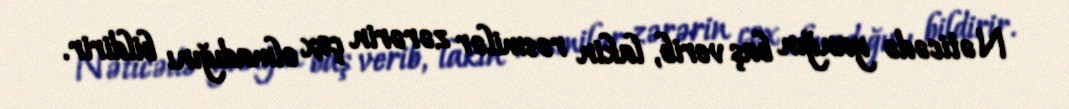
Nəticədə yanğın baş verib, lakin rəsmilər zərərin çox olmadığını bildirir.